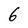
Character: 6